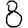
Digit: 8